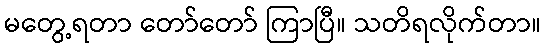
မတွေ့ရတာ တော်တော် ကြာပြီ။ သတိရလိုက်တာ။